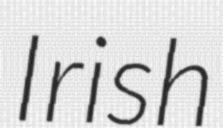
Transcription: Irish